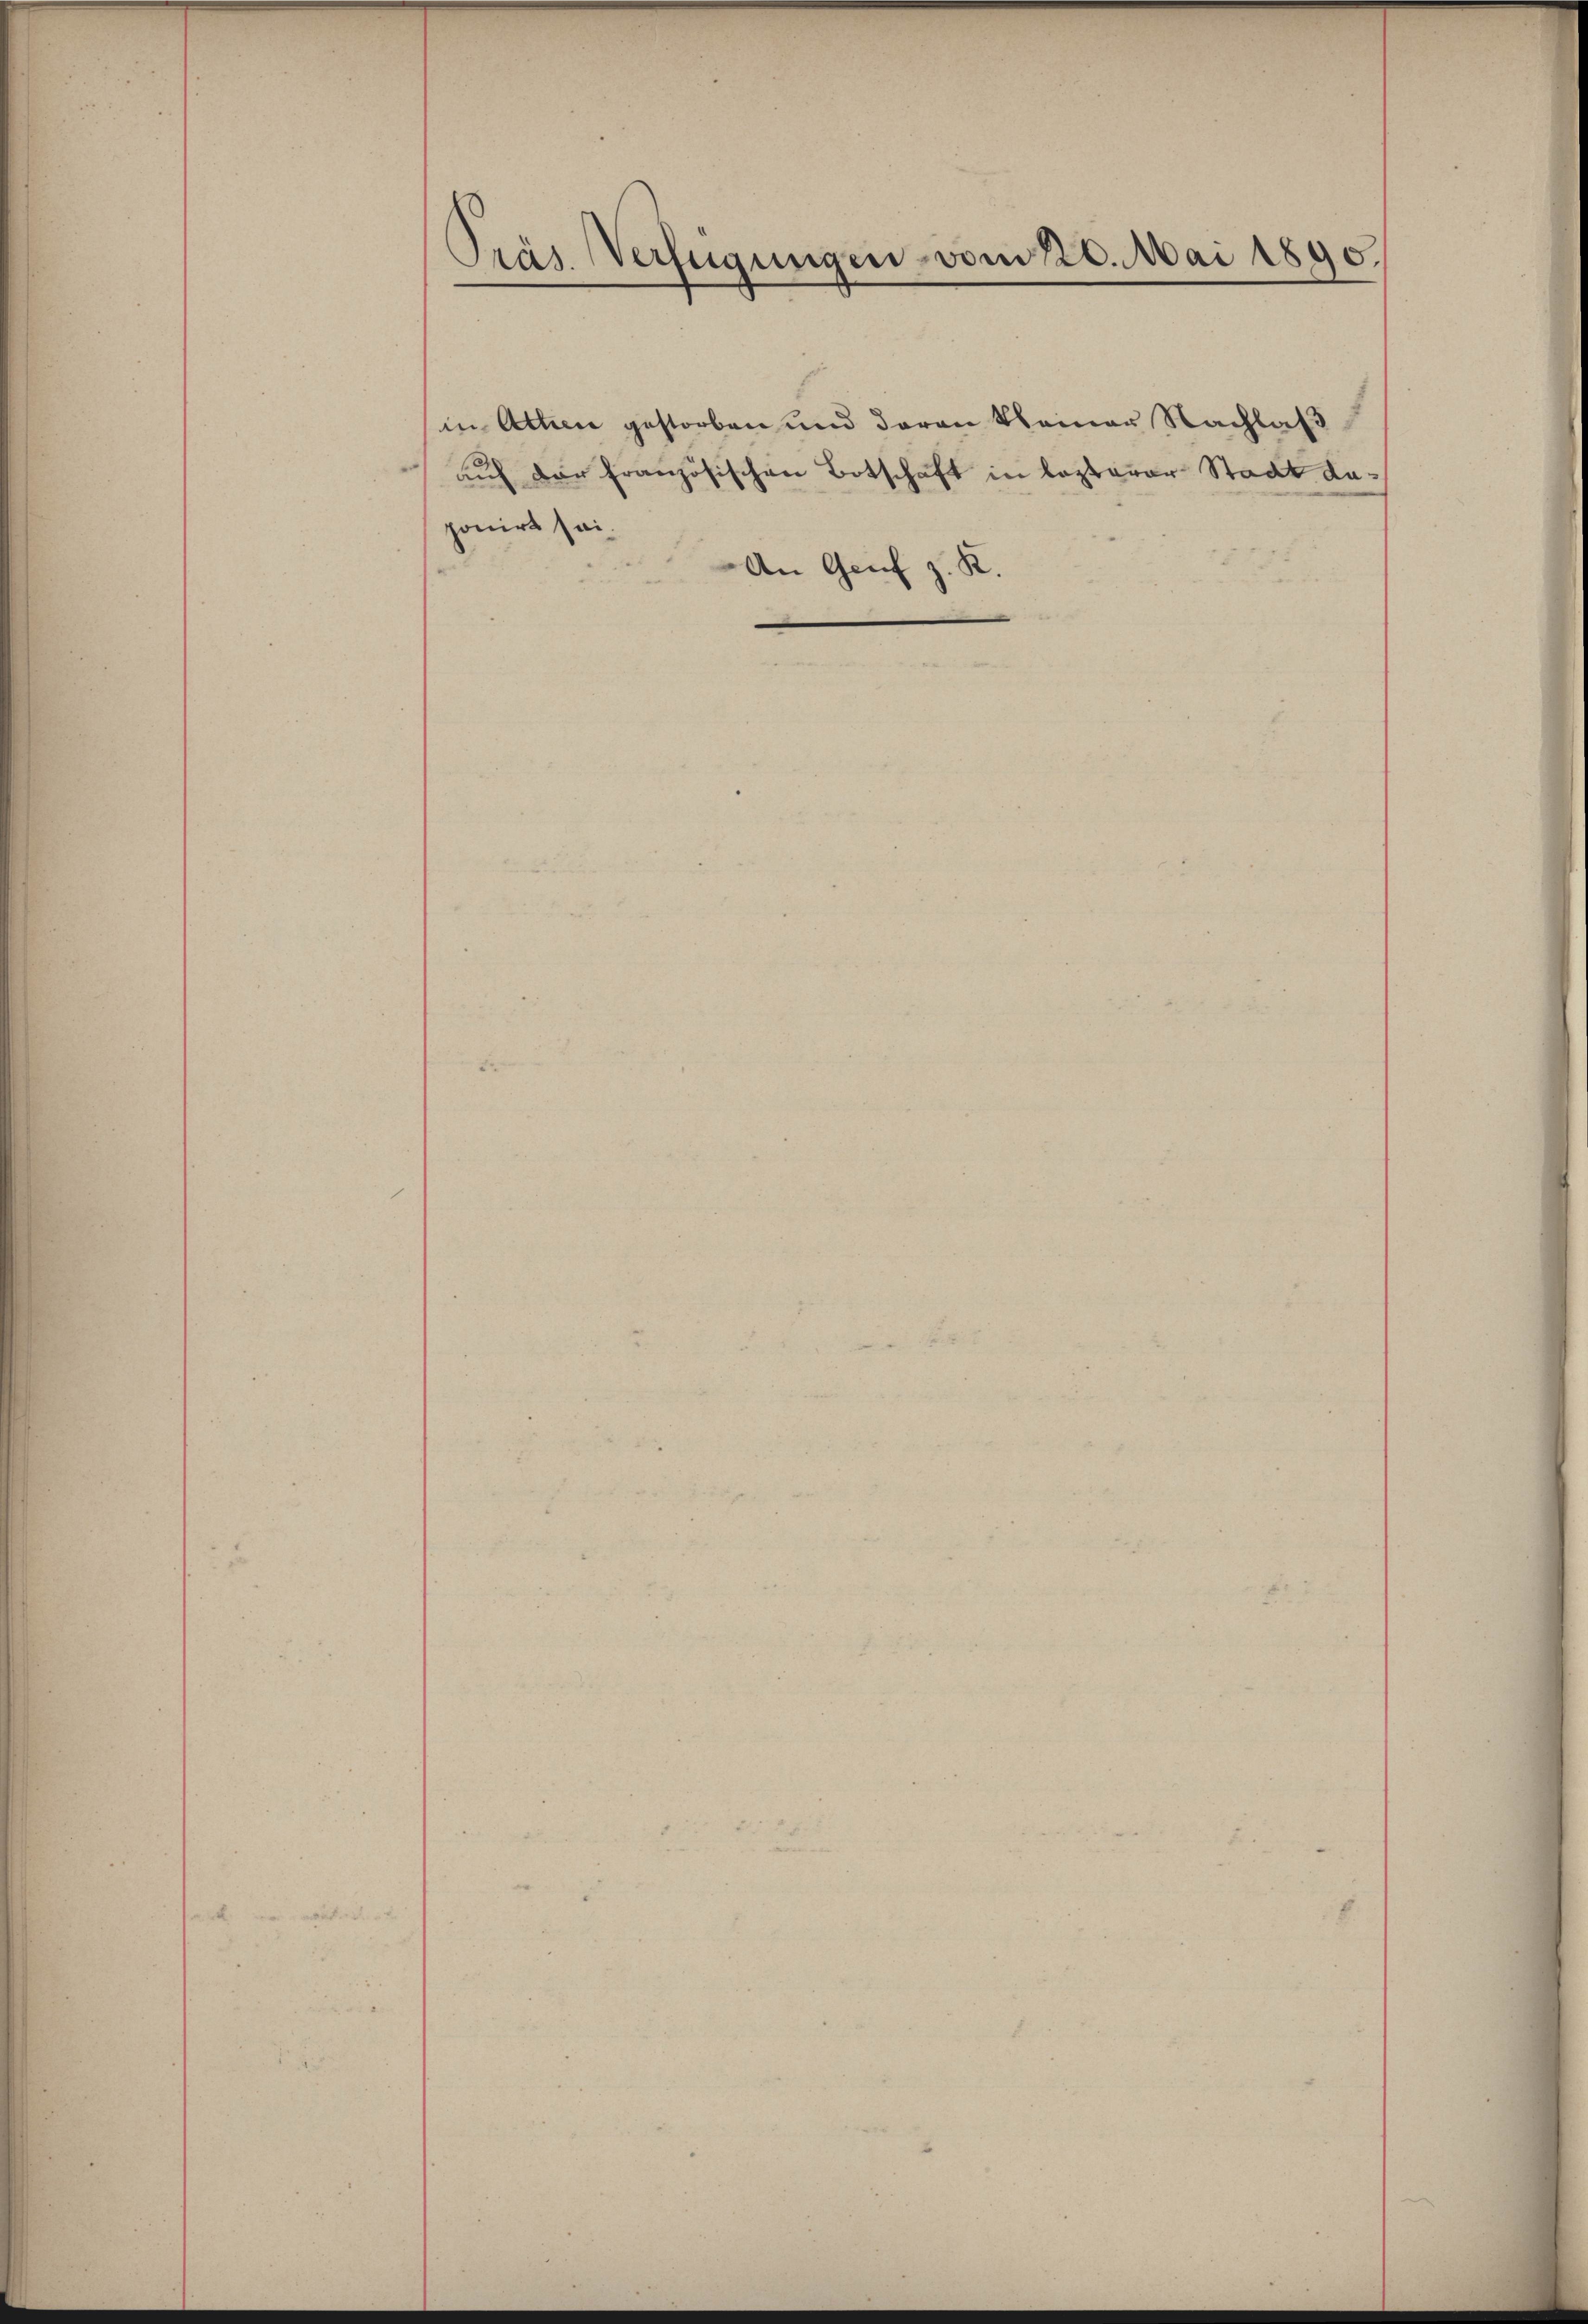
Präs. Verfügungen vom 20. Mai 1890.

in Atten gestorben und daran kleiner Nachlaß
ponirt sei.
An Genf z. K.

auf der französischen Botschaft in lezterer Stadt da¬